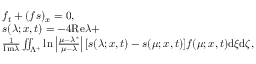
\begin{array} { r l } & { f _ { t } + ( f s ) _ { x } = 0 , } \\ & { s ( \lambda ; x , t ) = - 4 \mathrm { R e } \lambda + } \\ & { \frac { 1 } { \mathrm { I m } \lambda } \iint _ { \Lambda ^ { + } } \ln \left| \frac { \mu - \lambda ^ { * } } { \mu - \lambda } \right| [ s ( \lambda ; x , t ) - s ( \mu ; x , t ) ] f ( \mu ; x , t ) \mathrm { d } \xi \mathrm { d } \zeta , } \end{array}